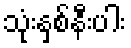
သုံးနှစ်နီးပါး